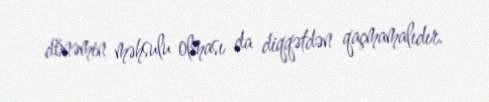
dönəmin məhsulu olması da diqqətdən qaçmamalıdır.